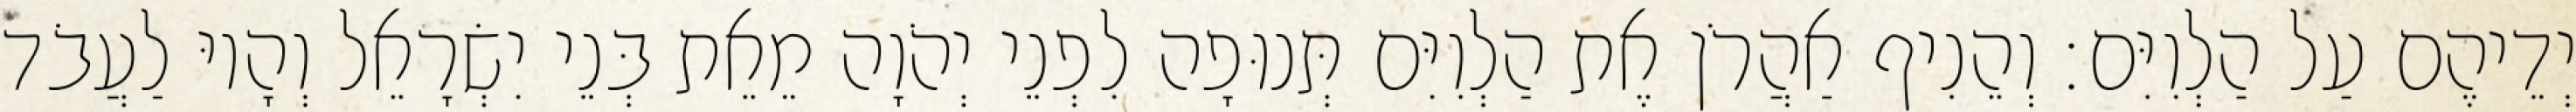
יְדֵיהֶם עַל הַלְוִיִּם׃ וְהֵנִיף אַהֲרֹן אֶת הַלְוִיִּם תְּנוּפָה לִפְנֵי יְהֹוָה מֵאֵת בְּנֵי יִשְׂרָאֵל וְהָיוּ לַעֲבֹד